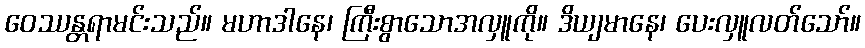
ဝေဿန္တရာမင်းသည်။ မဟာဒါနေ၊ ကြီးစွာသောအလှူကို။ ဒိယျမာနေ၊ ပေးလှူလတ်သော်။